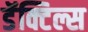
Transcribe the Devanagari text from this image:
डॅक्टिल्स